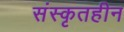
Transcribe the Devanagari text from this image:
संस्कृतहीन